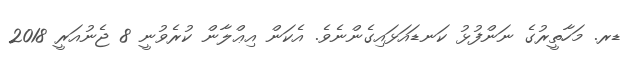
ޑރ. މަހާތީރުގެ ނަންފުޅު ކަނޑައަޅައިގެންނެވެ. އެކަން އިޢްލާން ކުރެވުނީ 8 ޖެނުއަރީ 2018